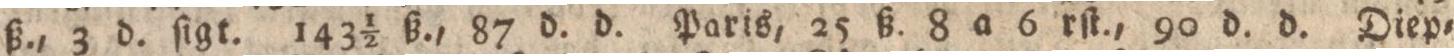
ß., 3 d. ſigt. 143½ ß., 87 d. d. Paris, 25 ß. 8 a 6 rſt., 90 d. d. Diep=